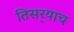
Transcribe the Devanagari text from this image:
तिसर्‍याच